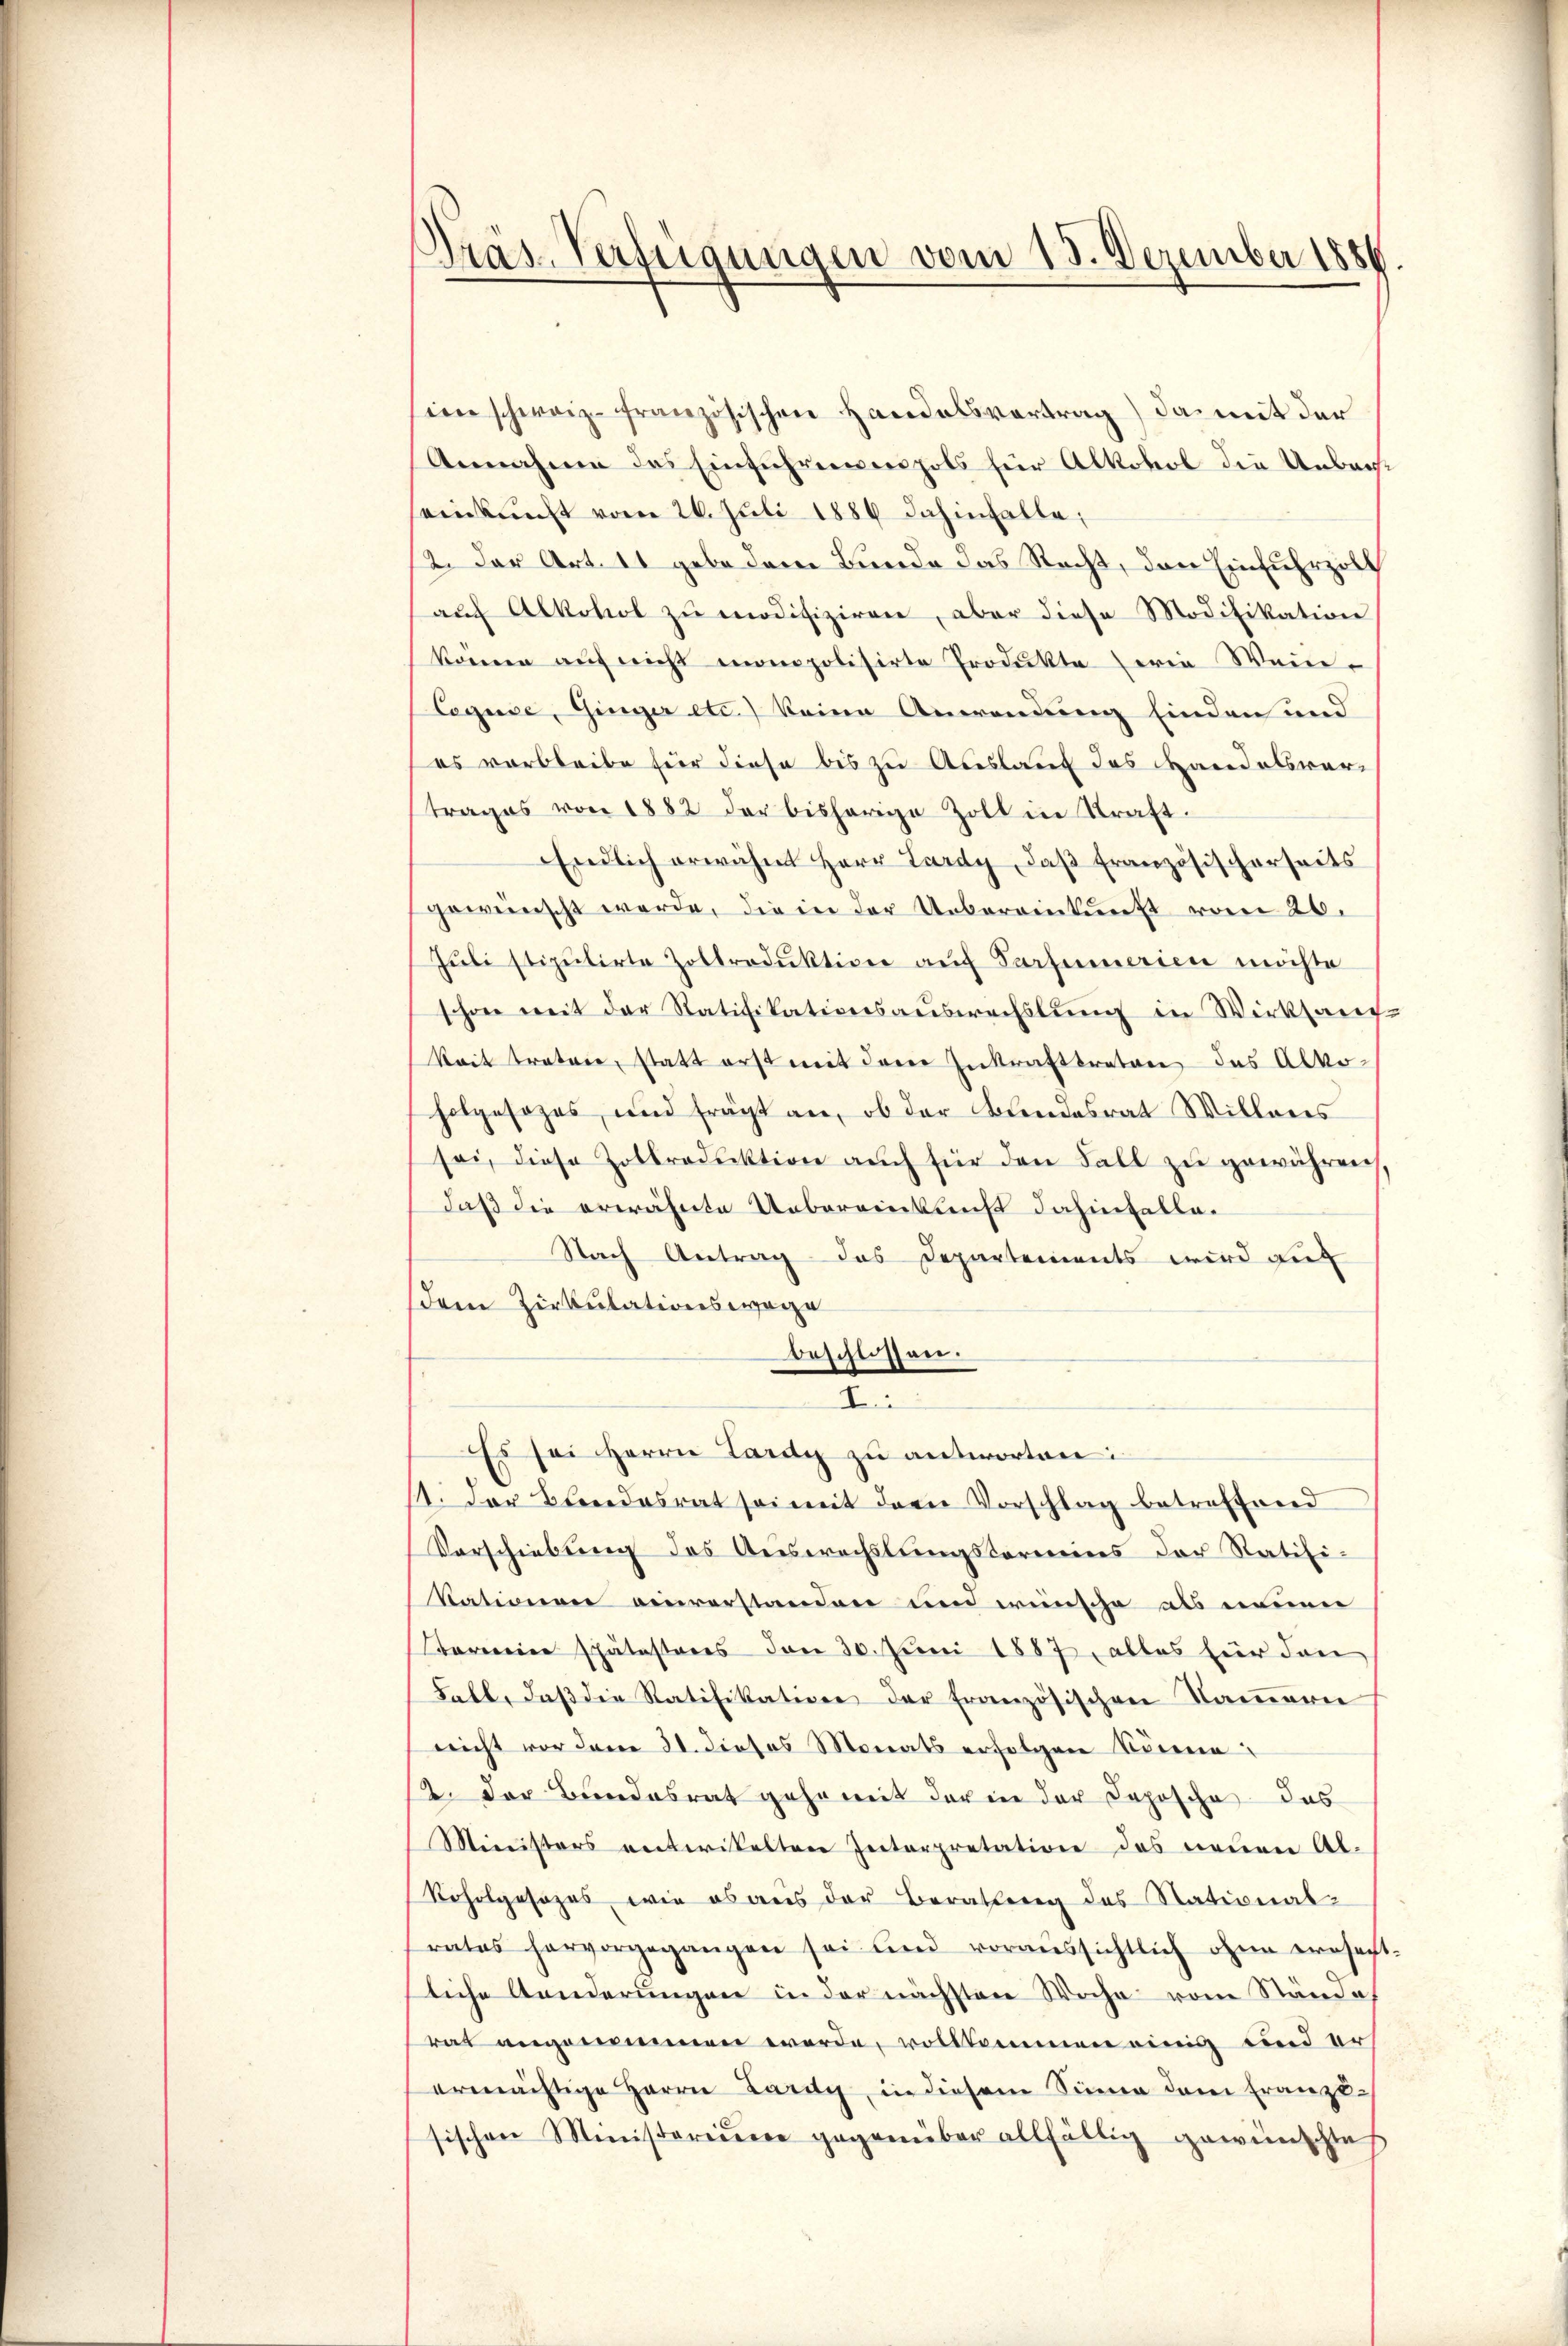
Präs. Verfügungen vom 15. Dezember 1886.

sien schweiz. Französischen Handelsvortrag) das mit der
Annahme des Einführenpols für Alkohol die Unbede
seinkunft vom 26. Juli 1886 dahinfalle;
2. Der Art. 11 gebe dem Bunde das Recht, den Einfuhrzolt
aŭf Alkohol zu modifiziren, aber diese Modifikation
können aŭf nicht monopolisirte Produkte serie Wein-
Leguse, Ginger etc.) keine Anwendung finden und
es verbleibe für diese bis zu Auslauf des Handelsvertrages von 1882 der bisherige Zoll in Kraft.
Endlich erwähnt Herr Lardy, daβ französischerseits
gewünscht werde, die in der Uebereinkunft vom 26.
Juli stipulirte Zoltroduktion auf Sarfumerien möchte
schon weit der Ratifikationsauswechslung in Wirksam-
kait tratore, statt erst mit dem Inkrafttreten das Alkoholgesezes, und frägt an, ob der Bundesrat Willers
sei, diese Zolbroduktion auch für den Fall zu gewähren,
daß die erwähnte Uebereinkreicht dahinfalle.
Nach Antrag das Departements wird auf
dem Zirkulationswage
beschlossen.
L
Es sei Herrn Lardy zu antworten:
11. Der Bundesrat sei mit dem Vorschlag betreffend
Vorschiebung des Auswechslungstermins der Ratifi-
Nationen einverstanden und wünsche als nennen
Bereine spätestens den 30. Juni 1887, alles für dan
Fall, daβ die Ratifikation der französischen Kamern
nicht vor dem 31. dieses Monats erfolgen könne
2. Der Bundesrat gehe mit der in der Deposche das
Ministers entwikelten Interpretation des neuen Al-
Roholgesezes, wie es aus der Berathung des National-
rates hervorgegangen sei und voraussichtlich ohne ernsacht-
liche Aenderungen in der nächsten Woche vom Ständet
rat angenommen werde, vollkommen einig und ers
ermächtige Herrn Lardy, in diesem Sinne dem Franzlsischen Ministeriiiere gegenüber allfällig gewünschte